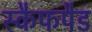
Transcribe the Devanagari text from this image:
स्कैफपैड